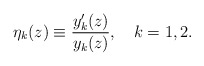
\begin{align*} \eta_k(z)\equiv\frac{y_k'(z)}{y_k(z)}, \quad k=1,2.\end{align*}